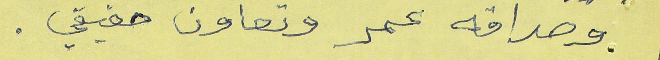
وصداقه عمر وتعاون حقيقي.